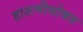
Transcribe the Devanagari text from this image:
हाशमीसोबत